Plague in India, 1896, 1897 - Volume 1
Year: 1896
Disease focus: Plague
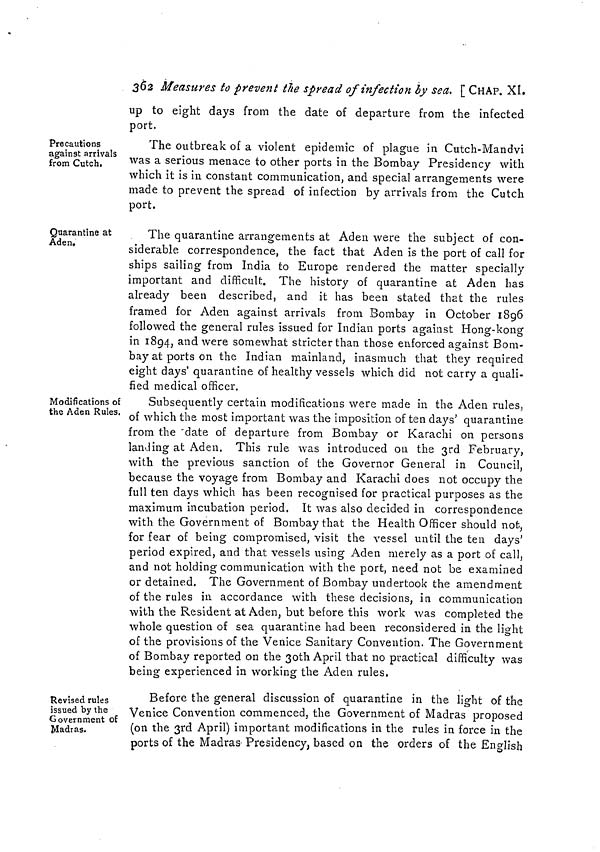
362 Measures to prevent the spread of infection by sea. [ CHAP. XI.
up to eight days from the date of departure from the infected
port.
Precautions
against arrivals
from Cutch.
The outbreak of a violent epidemic of plague in Cutch-Mandvi
was a serious menace to other ports in the Bombay Presidency with
which it is in constant communication, and special arrangements were
made to prevent the spread of infection by arrivals from the Cutch
port.
Quarantine at
Aden,
The quarantine arrangements at Aden were the subject of con-
siderable correspondence, the fact that Aden is the port of call for
ships sailing from India to Europe rendered the matter specially
important and difficult. The history of quarantine at Aden has
already been described, and it has been stated that the rules
framed for Aden against arrivals from Bombay in October 1896
followed the general rules issued for Indian ports against Hong-kong
in 1894, and were somewhat stricter than those enforced against Bom-
bay at ports on the Indian mainland, inasmuch that they required
eight days' quarantine of healthy vessels which did not carry a quali-
fied medical officer.
Modifications of
the Aden Rules.
Subsequently certain modifications were made in the Aden rules,
of which the most important was the imposition of ten days' quarantine
from the date of departure from Bombay or Karachi on persons
landing at Aden. This rule was introduced on the 3rd February,
with the previous sanction of the Governor General in Council,
because the voyage from Bombay and Karachi does not occupy the
full ten days which has been recognised for practical purposes as the
maximum incubation period. It was also decided in correspondence
with the Government of Bombay that the Health Officer should not,
for fear of being compromised, visit the vessel until the ten days'
period expired, and that vessels using Aden merely as a port of call,
and not holding communication with the port, need not be examined
or detained. The Government of Bombay undertook the amendment
of the rules in accordance with these decisions, in communication
with the Resident at Aden, but before this work was completed the
whole question of sea quarantine had been reconsidered in the light
of the provisions of the Venice Sanitary Convention. The Government
of Bombay reported on the 30th April that no practical difficulty was
being experienced in working the Aden rules,
Revised rules
issued by the
Government of
Madras.
Before the general discussion of quarantine in the light of the
Venice Convention commenced, the Government of Madras proposed
(on the 3rd April) important modifications in the rules in force in the
ports of the Madras Presidency, based on the orders of the English